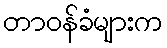
တာဝန်ခံများက